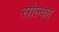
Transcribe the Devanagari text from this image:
सोल्का